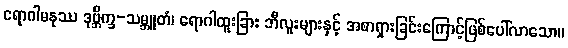
ရောဂါမနုဿ ဒုဗ္ဘိက္ခ-သမ္ဘူတံ၊ ရောဂါထူးခြား ဘီလူးများနှင့် အစာရှားခြင်းကြောင့်ဖြစ်ပေါ်လာသော။